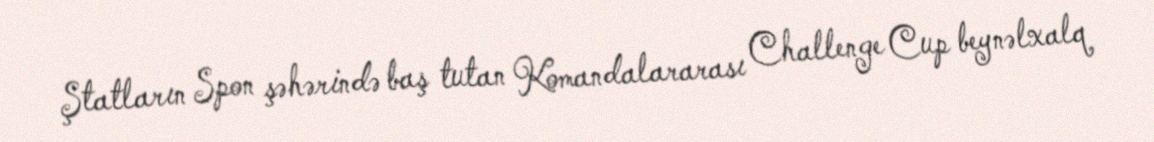
Ştatların Spon şəhərində baş tutan Komandalararası Challenge Cup beynəlxalq